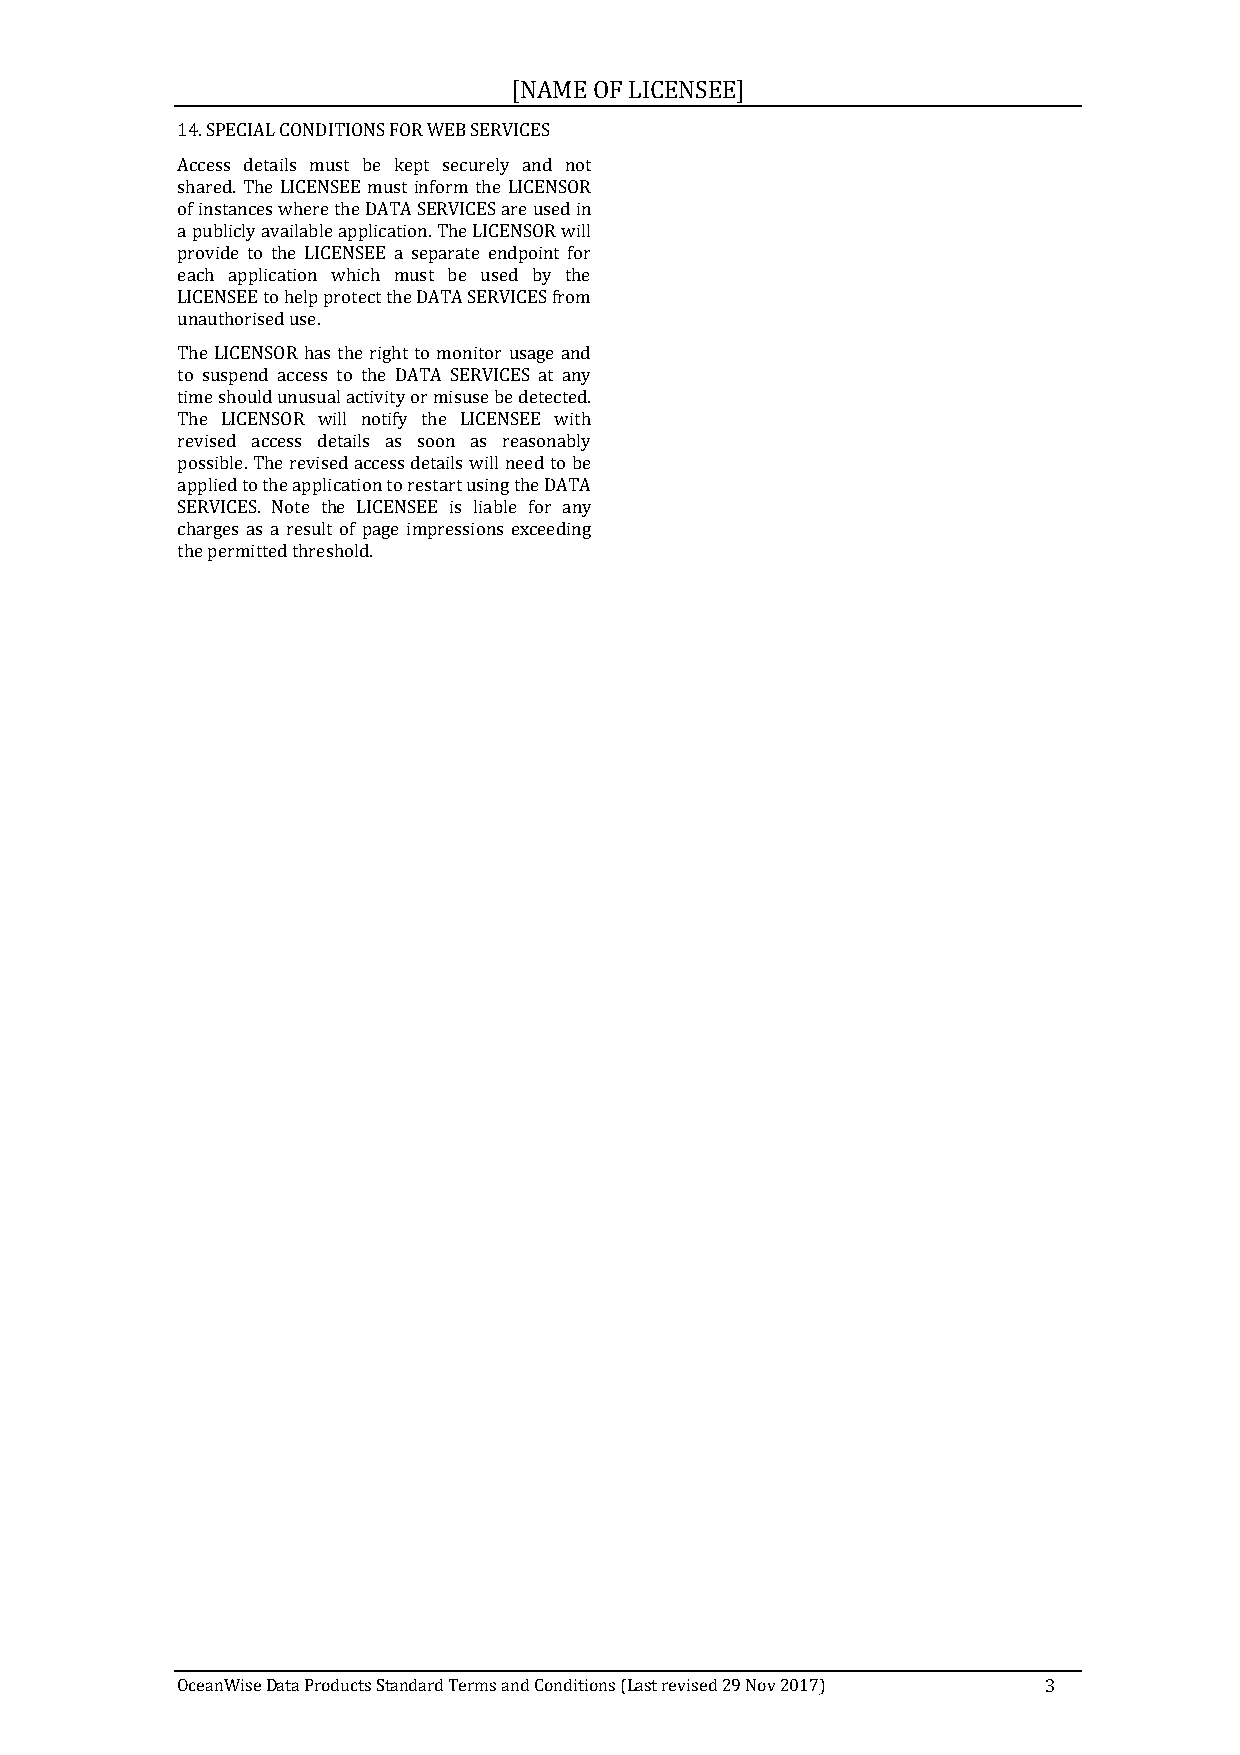
[NAME OF LICENSEE]
 14. SPECIAL CONDITIONS FOR WEB SERVICES
 Access details must be kept securely and not
 shared. The LICENSEE must inform the LICENSOR
 of instances where the DATA SERVICES are used in
 a publicly available application. The LICENSOR will
 provide to the LICENSEE a separate endpoint for
 each application which must be used by the
 LICENSEE to help protect the DATA SERVICES from
 unauthorised use.
 The LICENSOR has the right to monitor usage and
 to suspend access to the DATA SERVICES at any
 time should unusual activity or misuse be detected.
 The LICENSOR will notify the LICENSEE with
 revised access details as soon as reasonably
 possible. The revised access details will need to be
 applied to the application to restart using the DATA
 SERVICES. Note the LICENSEE is liable for any
 charges as a result of page impressions exceeding
 the permitted threshold.
 OceanWise Data Products Standard Terms and Conditions (Last revised 29 Nov 2017) 3